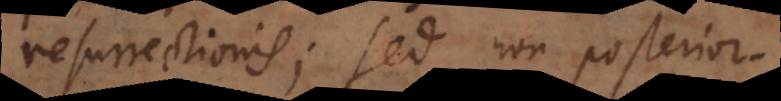
resurrectionis; sed non posterior.